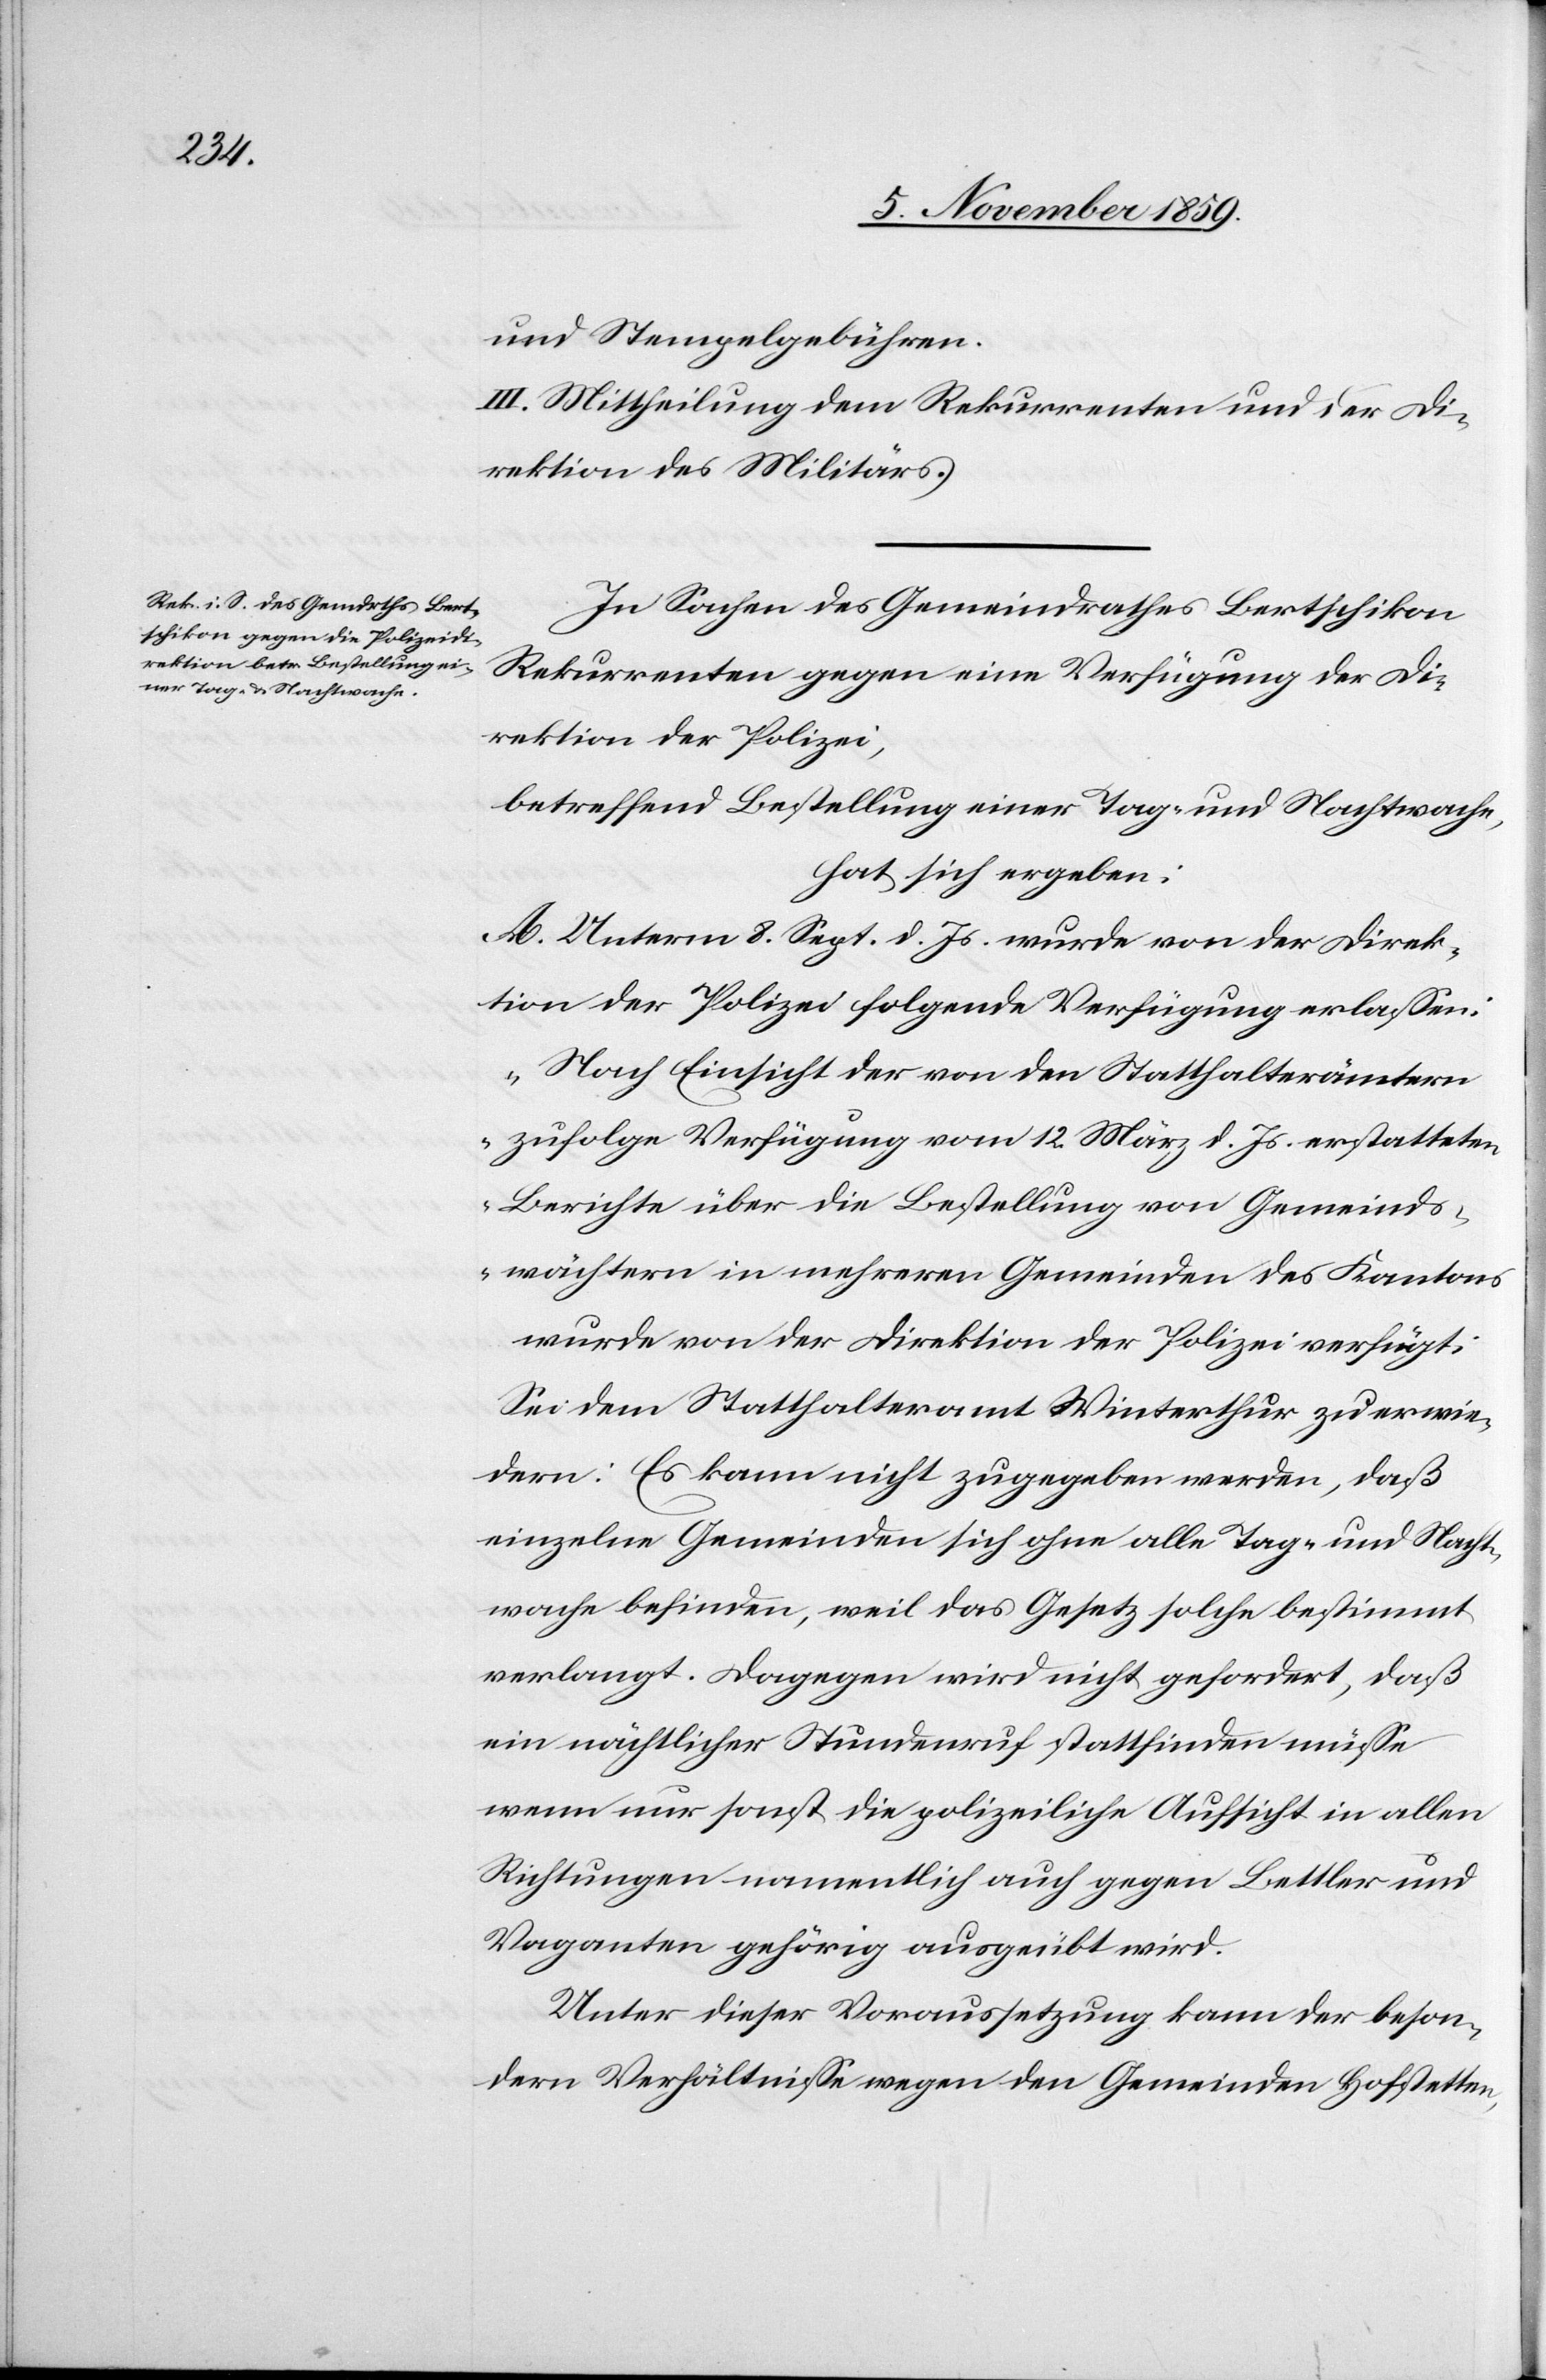
und Stempelgebühren.
III. Mittheilung dem Rekurrenten und der Di¬
rektion des Militärs.
In Sachen des Gemeindrathes Bertschikon
Rekurrenten gegen eine Verfügung der Di¬
rektion der Polizei,
betreffend Bestellung einer Tag- und Nachtwache,
hat sich ergeben:
A. Unterm 8. Sept. d. Js. wurde von der Direk¬
tion der Polizei folgende Verfügung erlassen:
„Nach Einsicht der von den Statthalterämtern
zufolge Verfügung vom 12. März d. Js. erstatteten
Berichte über die Bestellung von Gemeinds¬
wächtern in mehreren Gemeinden des Kantons
wurde von der Direktion der Polizei verfügt:
Sei dem Statthalteramt Winterthur zu erwie¬
dern: Es kann nicht zugegeben werden, daß
einzelne Gemeinden sich ohne alle Tag- und Nacht¬
wache befinden, weil das Gesetz solche bestimmt
verlangt. Dagegen wird nicht gefordert, daß
ein nächtlicher Stundenruf stattfinden müsse
wenn nur sonst die polizeiliche Aufsicht in allen
Richtungen namentlich auch gegen Bettler und
Vaganten gehörig ausgeübt wird.
Unter dieser Voraussetzung kann der beson¬
dern Verhältnisse wegen den Gemeinden Hofstetten,